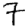
Digit: 7